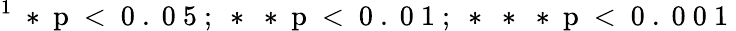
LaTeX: ^1\mathrm{~*~p~<~0~.~0~5~;~*~*~p~<~0~.~0~1~;~*~*~*~p~<~0~.~0~0~1~}